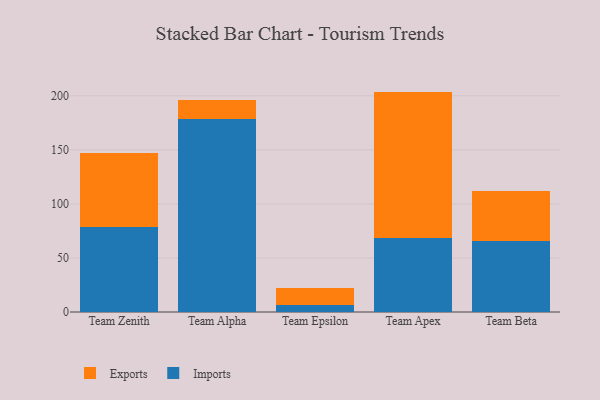
{"axis": {"x": "Team", "y": "LTV (USD)"}, "legend": ["Exports", "Imports"], "data": [{"x": "Team Zenith", "y": 78.7, "type": "Imports"}, {"x": "Team Zenith", "y": 68.2, "type": "Exports"}, {"x": "Team Alpha", "y": 178.8, "type": "Imports"}, {"x": "Team Alpha", "y": 17.2, "type": "Exports"}, {"x": "Team Epsilon", "y": 6.4, "type": "Imports"}, {"x": "Team Epsilon", "y": 16.0, "type": "Exports"}, {"x": "Team Apex", "y": 68.8, "type": "Imports"}, {"x": "Team Apex", "y": 135.1, "type": "Exports"}, {"x": "Team Beta", "y": 65.7, "type": "Imports"}, {"x": "Team Beta", "y": 46.5, "type": "Exports"}]}